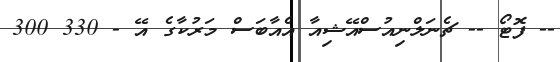
-- ފޮޓޯ -- ޗެނަލްނިއުސްއޭޝިއާ އެއާބަސް މަރުކާގެ އޭ - 330 300